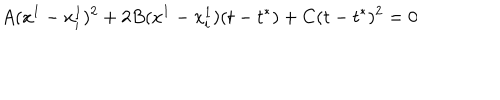
A ( x ^ { 1 } - x _ { i } ^ { 1 } ) ^ { 2 } + 2 B ( x ^ { 1 } - x _ { i } ^ { 1 } ) ( t - t ^ { * } ) + C ( t - t ^ { * } ) ^ { 2 } = 0